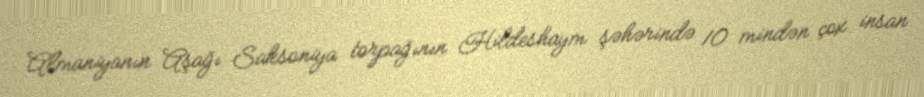
Almaniyanın Aşağı Saksoniya torpağının Hildeshaym şəhərində 10 mindən çox insan